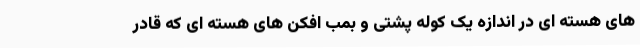
های هسته ای در اندازه یک کوله پشتی و بمب افکن های هسته ای که قادر